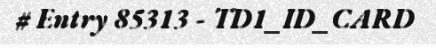
# Entry 85313 - TD1_ID_CARD